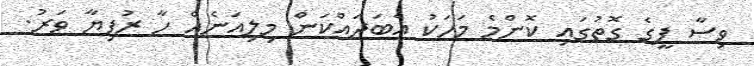
ވިސާ ފީގެ ގޮތުގައި ކޮންމެ މަހަކު އެބަދައްކަން މިލިއަނެެއް ހާ ރުފިޔާ ވަރު.